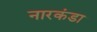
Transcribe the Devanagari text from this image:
नारकंडा